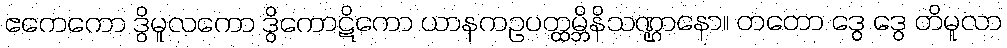
ဧကေကော ဒွိမူလကော ဒွိကောဋိကော ယာနကဥပတ္ထမ္ဘိနိသဏ္ဌာနော။ တတော ဒွေ ဒွေ တိမူလာ